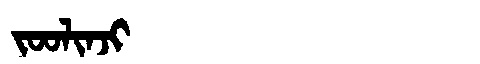
Manchu: ᠵᠣᠣᠯᡳᠨᠵᡳ
Romanization: JOOLINJI